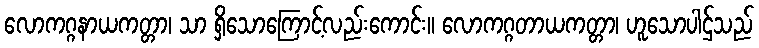
လောကဂ္ဂနာယကတ္တာ၊ သာ ရှိသောကြောင့်လည်းကောင်း။ လောကဂ္ဂတာယကတ္တာ၊ ဟူသောပါဌ်သည်